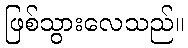
ဖြစ်သွားလေသည်။